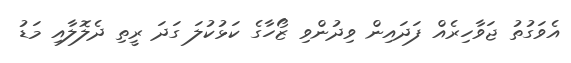
އެވަގުތު ޖަވާހިރެއް ފަދައިން ވިދުންވި ޒޯހާގެ ކަޅުކުލަ ގަދަ ރީތި ދެލޮލާއި މަޑު